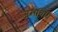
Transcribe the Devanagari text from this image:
जराविवि